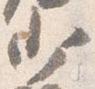
少